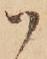
ハ